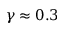
\gamma \approx 0 . 3